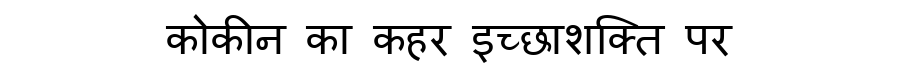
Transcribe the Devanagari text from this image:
कोकीन का कहर इच्छाशक्ति पर